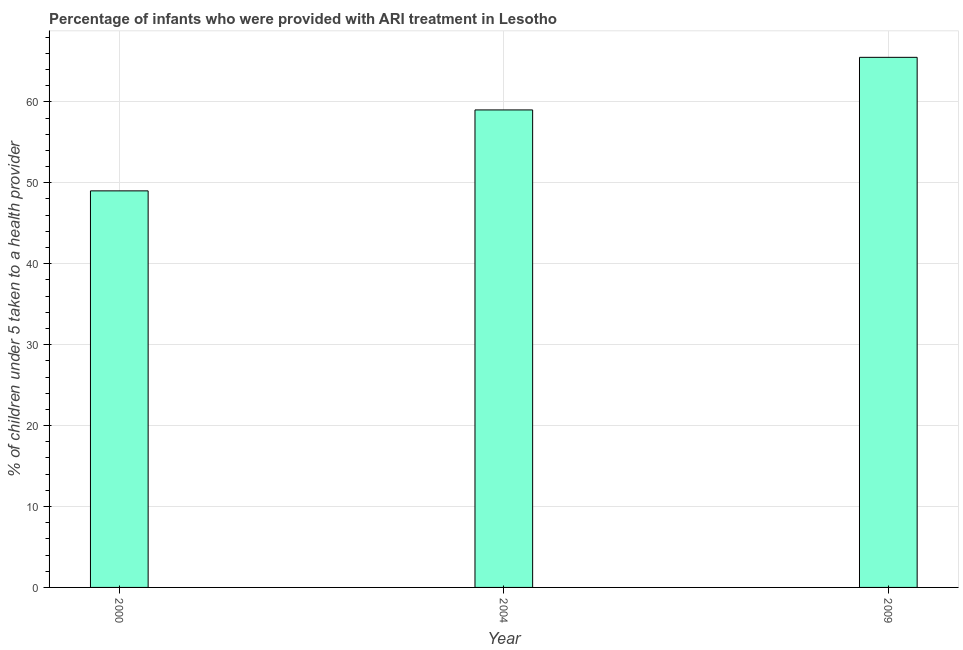
| Year | ARI treatment |
 | --- | --- |
 | 2000 | 49 |
 | 2004 | 59 |
 | 2009 | 65.5 |